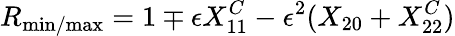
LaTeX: R_{\mathrm{min/max}}=1\mp\epsilon X_{11}^{C}-\epsilon^{2}(X_{20}+X_{22}^{C})